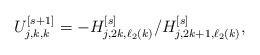
\begin{align*}U_{j,k,k}^{[s+1]} = -H_{j,2k,\ell_2(k)}^{[s]}/H_{j,2k+1,\ell_2(k)}^{[s]},\end{align*}